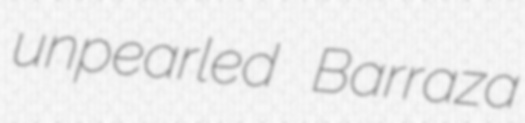
unpearled Barraza